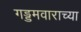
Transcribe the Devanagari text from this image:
गड्डमवाराच्या